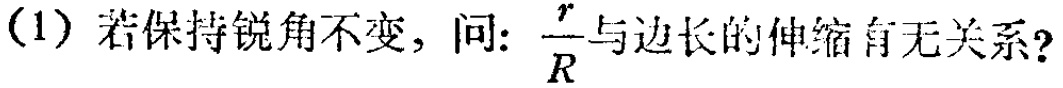
(1) 若保持锐角不变，问: $\frac{r}{R}$与边长的伸缩有无关系?